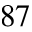
^ { 8 7 }